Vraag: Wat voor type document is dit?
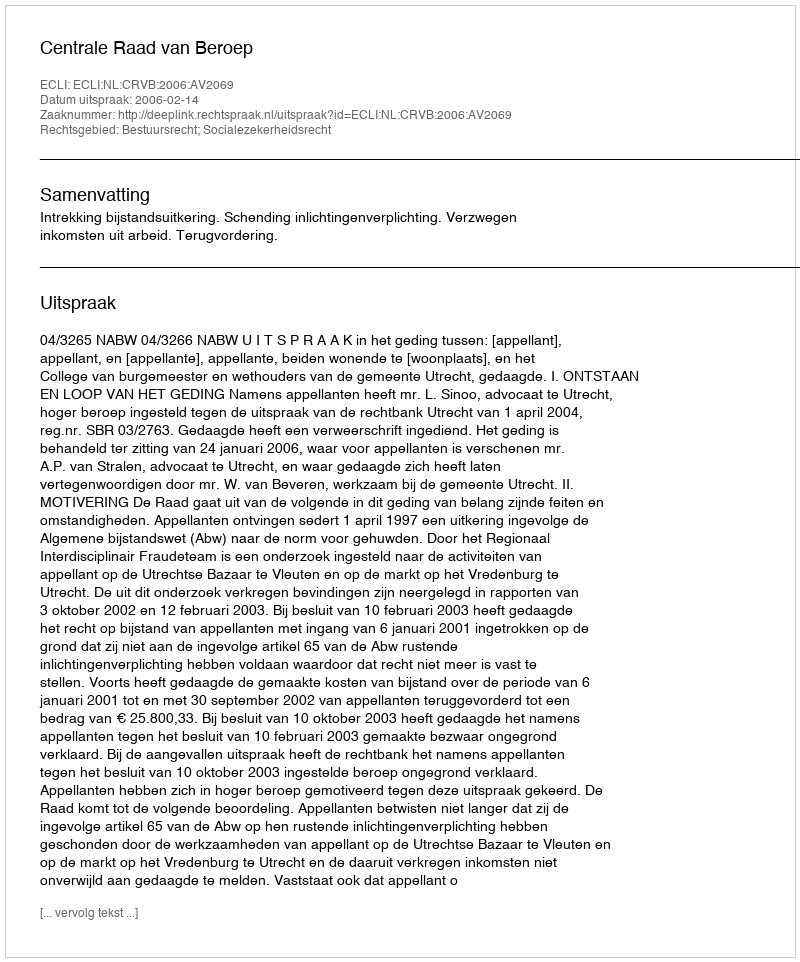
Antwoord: Uitspraak